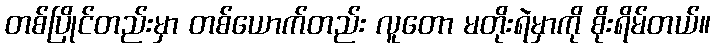
တစ်ပြိုင်တည်းမှာ တစ်ယောက်တည်း လူတော မတိုးရဲမှာကို စိုးရိမ်တယ်။